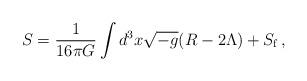
LaTeX: \begin{align*}S = \frac{1}{16\pi G}\int d^3x \sqrt{-g} (R-2\Lambda)+S_{\rm f}\, , \end{align*}